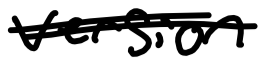
Text: version
Cross-out: double-line
Writing tool: digital_black